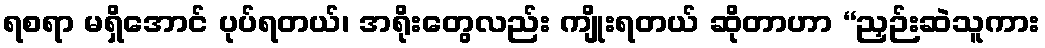
ရစရာ မရှိအောင် ပုပ်ရတယ်၊ အရိုးတွေလည်း ကျိုးရတယ် ဆိုတာဟာ “ညှဉ်းဆဲသူကား